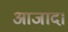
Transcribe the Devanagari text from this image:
आजाद।